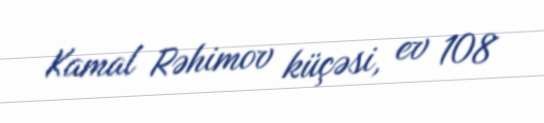
Kamal Rəhimov küçəsi, ev 108